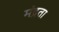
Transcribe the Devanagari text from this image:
मंद्रता